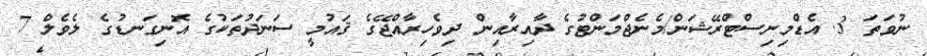
ނުވަތަ 3. އެޑްމިނިސްޓްރޭޝަން/މެނެޖްމަންޓުގެ ދާއިރާއިން ދިވެހިރާއްޖޭގެ ޤައުމީ ސަނަދުތަކުގެ އޮނިގަނޑުގެ ލެވެލް 7